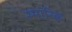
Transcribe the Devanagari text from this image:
स्मारिक